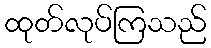
ထုတ်လုပ်ကြသည်